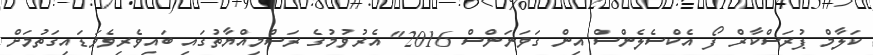
ކަލާމް ޕުރަސްކާރް ފޯ އެކްސެލެންސް އިން ގަވަނަންސް 2016" އެރުވުމުގެ ރަސްމިއްޔާތުގައި ބައިވެރިވެވަޑައިގަތުމަށް